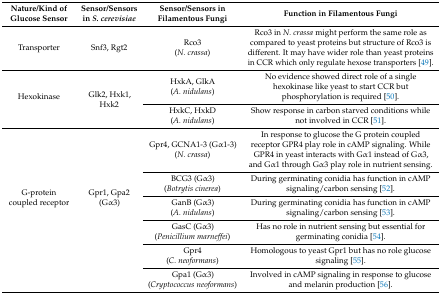
<table><thead><tr><td><b>Nature/Kind of Glucose Sensor</b></td><td><b>Sensor/Sensors in <i>S. cerevisiae</i></b></td><td><b>Sensor/Sensors in Filamentous Fungi</b></td><td><b>Function in Filamentous Fungi</b></td></tr></thead><tbody><tr><td>Transporter</td><td>Snf3, Rgt2</td><td>Rco3(<i>N. crassa</i>)</td><td>Rco3 in <i>N. crassa</i> might perform the same role as compared to yeast proteins but structure of Rco3 is different. It may have wider role than yeast proteins in CCR which only regulate hexose transporters [49].</td></tr><tr><td rowspan="2">Hexokinase</td><td rowspan="2">Glk2, Hxk1, Hxk2</td><td>HxkA, GlkA(<i>A. nidulans</i>)</td><td>No evidence showed direct role of a single hexokinase like yeast to start CCR but phosphorylation is required [50].</td></tr><tr><td>HxkC, HxkD(<i>A. nidulans</i>)</td><td>Show response in carbon starved conditions while not involved in CCR [51].</td></tr><tr><td rowspan="6">G-protein coupled receptor</td><td rowspan="6">Gpr1, Gpa2(Gα3)</td><td>Gpr4, GCNA1-3 (Gα1-3)(<i>N. crassa</i>)</td><td>In response to glucose the G protein coupled receptor GPR4 play role in cAMP signaling. While GPR4 in yeast interacts with Gα1 instead of Gα3, and Gα1 through Gα3 play role in nutrient sensing.</td></tr><tr><td>BCG3 (Gα3)(<i>Botrytis cinerea</i>)</td><td>During germinating conidia has function in cAMP signaling/carbon sensing [52].</td></tr><tr><td>GanB (Gα3)(<i>A. nidulans</i>)</td><td>During germinating conidia has function in cAMP signaling/carbon sensing [53].</td></tr><tr><td>GasC (Gα3)(<i>Penicillium marneffei</i>)</td><td>Has no role in nutrient sensing but essential for germinating conidia [54].</td></tr><tr><td>Gpr4(<i>C. neoformans</i>)</td><td>Homologous to yeast Gpr1 but has no role glucose signaling [55].</td></tr><tr><td>Gpa1 (Gα3)(<i>Cryptococcus neoformans</i>) </td><td>Involved in cAMP signaling in response to glucose and melanin production [56].</td></tr></tbody></table>